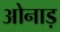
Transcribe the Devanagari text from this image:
ओनाड़